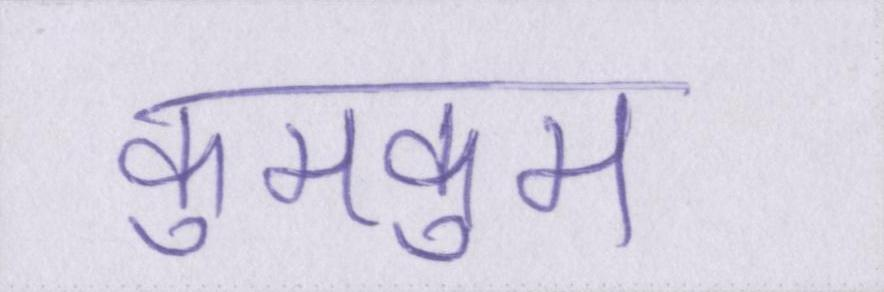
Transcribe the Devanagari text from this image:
कुमकुम